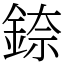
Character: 錼